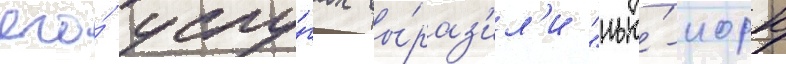
его́ услу́гах вы́раз'ил'и "нью́-иорк